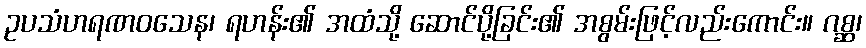
ဥပသံဟရဏဝသေန၊ ရဟန်း၏ အထံသို့ ဆောင်ပို့ခြင်း၏ အစွမ်းဖြင့်လည်းကောင်း။ ဂစ္ဆ၊